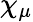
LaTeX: \chi_{\mu}